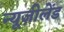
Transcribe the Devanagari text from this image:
न्यूज़ीलेंड